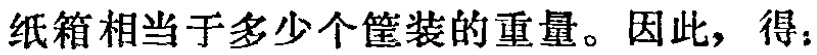
纸箱相当于多少个筐装的重量。因此，得：